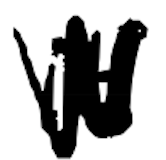
Text: it
Cross-out: zig-zag
Writing tool: digital_black